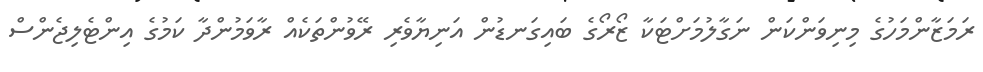
ރަމަޒާންމަހުގެ މިނިވަންކަން ނަގާލުމަށްޓަކާ ޒޯރޯގެ ބައިގަނޑުން އަނިޔާވެރި ރޭވުންތަކެއް ރާވަމުންދާ ކަމުގެ އިންޓެލިޖެންސް